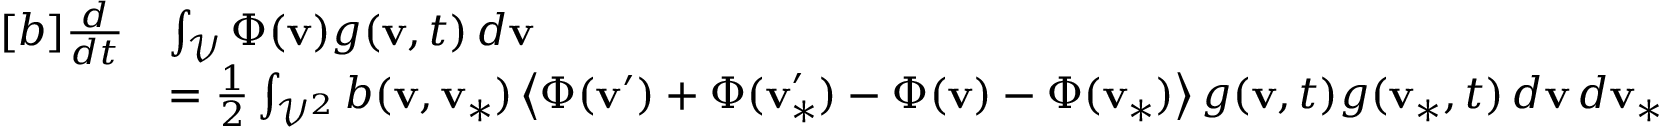
\begin{array} { r } { \begin{array} { r l } { [ b ] \frac { d } { d t } } & { \int _ { \mathcal { V } } \Phi ( \mathbf { v } ) g ( \mathbf { v } , t ) \, d \mathbf { v } } \\ & { = \frac { 1 } { 2 } \int _ { \mathcal { V } ^ { 2 } } b ( \mathbf { v } , \mathbf { v } _ { \ast } ) \left\langle \Phi ( \mathbf { v } ^ { \prime } ) + \Phi ( \mathbf { v } _ { \ast } ^ { \prime } ) - \Phi ( \mathbf { v } ) - \Phi ( \mathbf { v } _ { \ast } ) \right\rangle g ( \mathbf { v } , t ) g ( \mathbf { v } _ { \ast } , t ) \, d \mathbf { v } \, d \mathbf { v } _ { \ast } } \end{array} } \end{array}